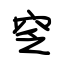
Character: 窆